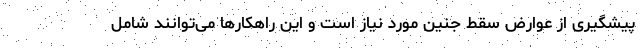
پیشگیری از عوارض سقط جنین مورد نیاز است و این راهکارها می‌توانند شامل